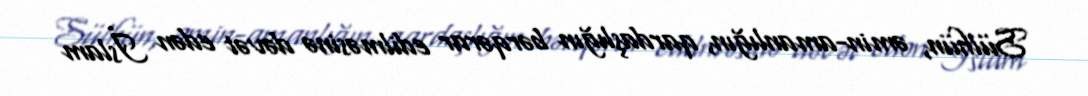
Sülhün, əmin-amanlığın, qardaşlığın bərqərar edilməsinə dəvət edən İslam